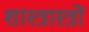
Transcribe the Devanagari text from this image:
शास्त्रास्त्रों